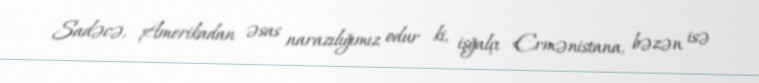
Sadəcə, Amerikadan əsas narazılığımız odur ki, işğalçı Ermənistana, bəzən isə